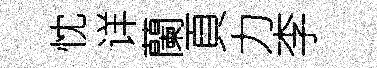
忱详蘭頁力李